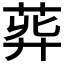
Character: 𦱭